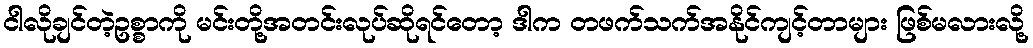
ငါလိုချင်တဲ့ဥစ္စာကို မင်းတို့အတင်းလုပ်ဆိုရင်တော့ ဒါက တဖက်သက်အနိုင်ကျင့်တာများ ဖြစ်မလားလို့